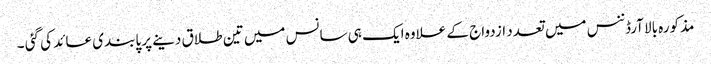
مذکورہ بالا آرڈننس میں تعدد ازدواج کے علاوہ ایک ہی سانس میں تین طلاق دینے پر پابندی عائد کی گئی ۔